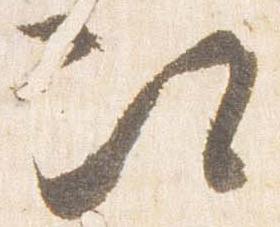
次